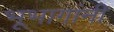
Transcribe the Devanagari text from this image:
भूभागांनी